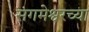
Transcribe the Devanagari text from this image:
संगमेश्वरच्या